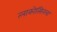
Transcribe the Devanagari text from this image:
त्लाकोत्सिनला